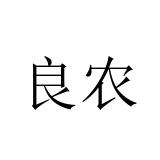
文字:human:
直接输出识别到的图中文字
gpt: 良农